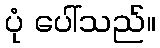
ပုံ ပေါ်သည်။